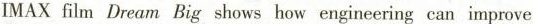
IMAX film Dream Big shows how engineering can improve